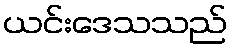
ယင်းဒေသသည်